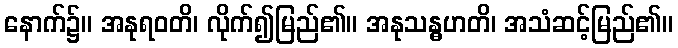
နောက်၌။ အနုရဝတိ၊ လိုက်၍မြည်၏။ အနုသန္ဓဟတိ၊ အသံဆင့်မြည်၏။